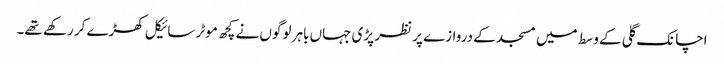
اچانک گلی کے وسط میں مسجد کے دروازے پر نظر پڑی جہاں باہر لوگوں نے کچھ موٹر سائیکل کھڑے کر رکھے تھے۔